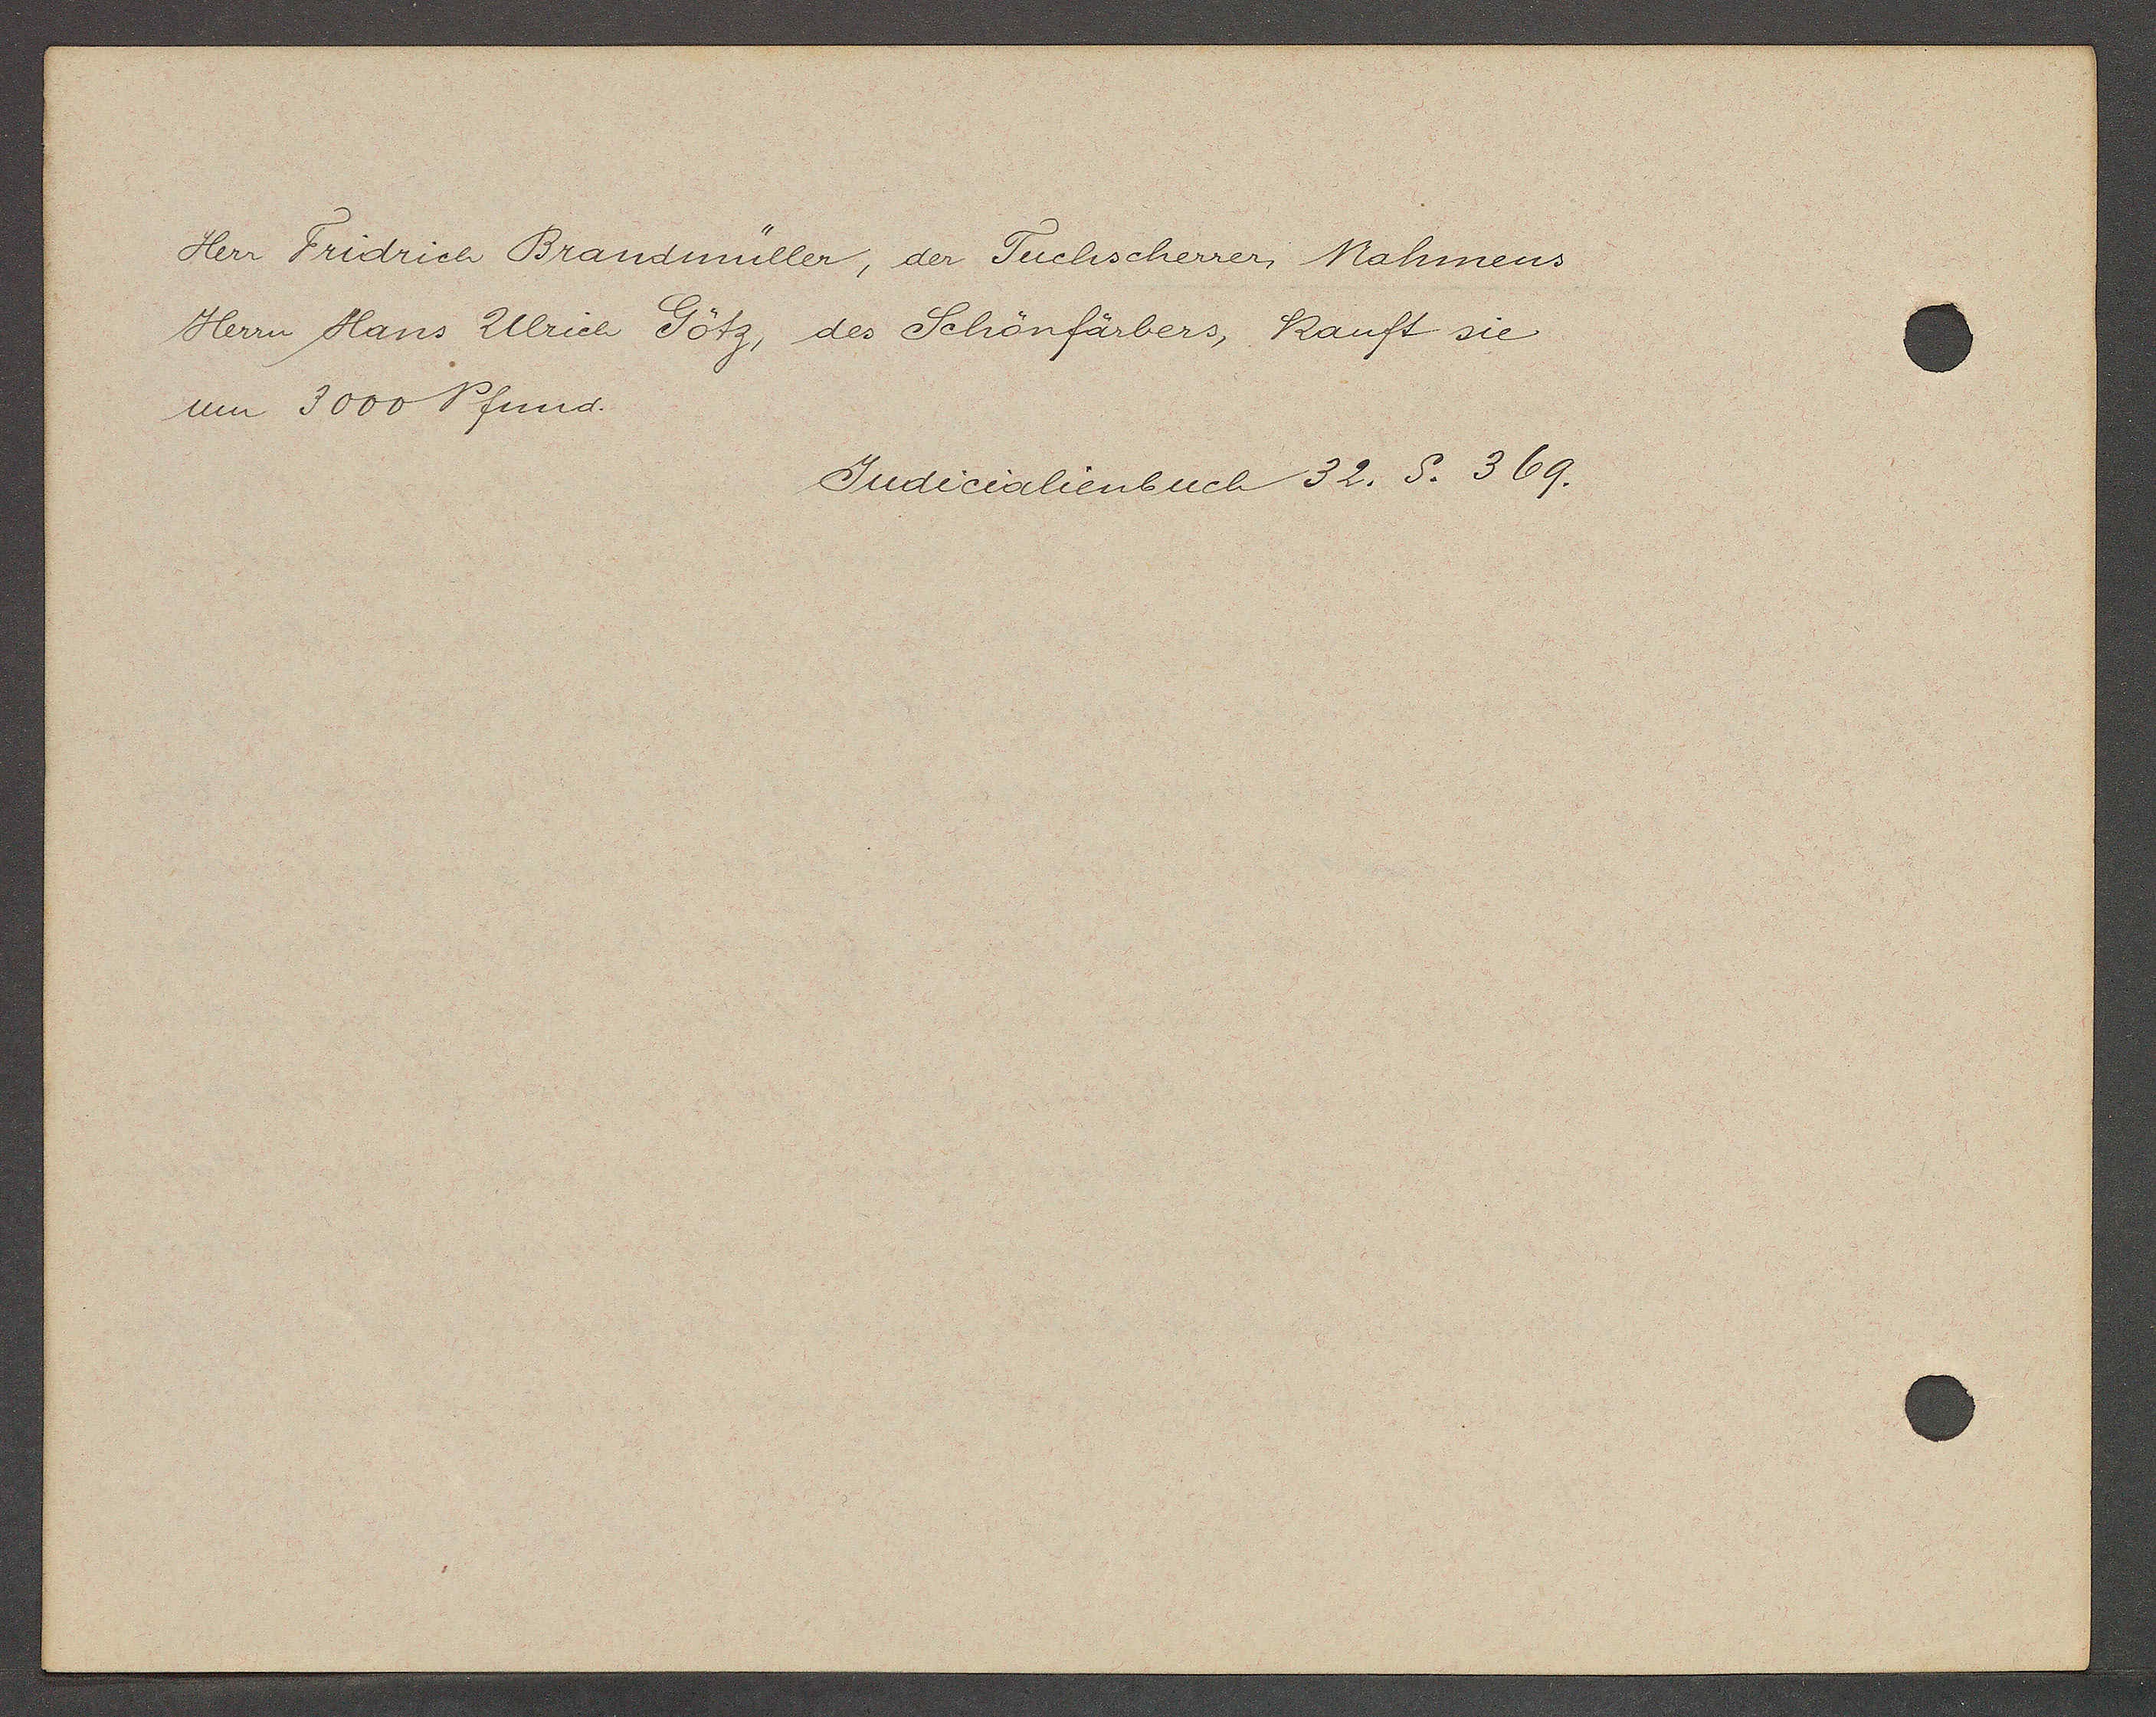
Transcript:
Herr Fridrich Brandmüller, der Tuchscherrer Nahmens
Herrn Hans Ulrich Götz, des Schönfärbers, kauft sie
um 3000 Pfund.

Judicialienbuch 32. S. 369.